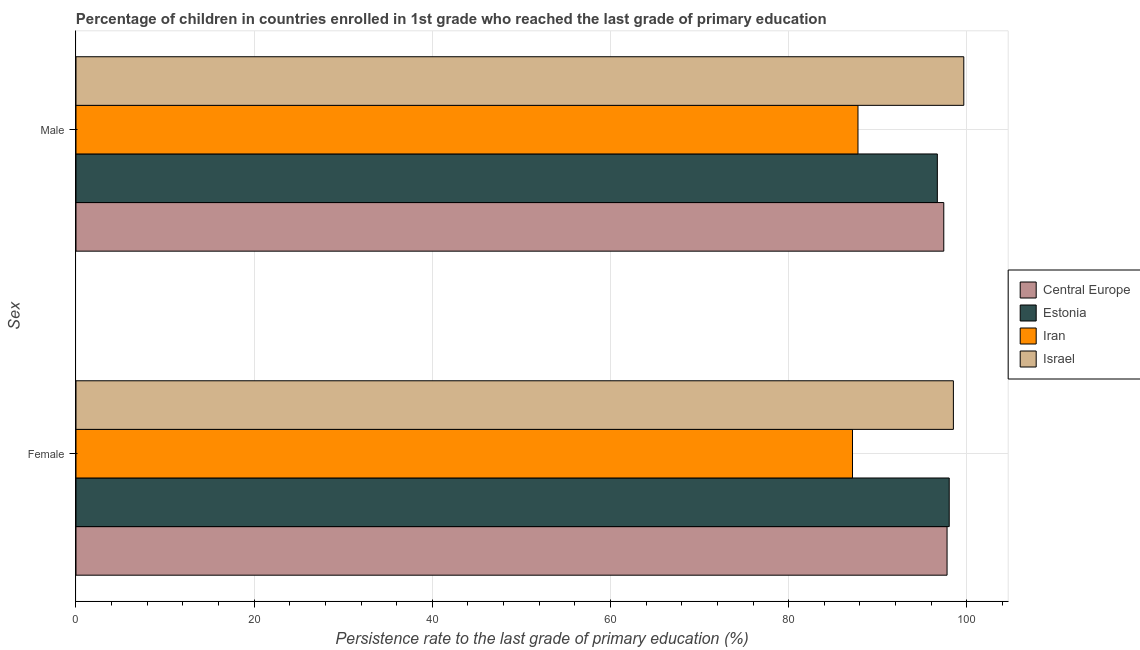
| Sex | Central Europe | Estonia | Iran | Israel |
 | --- | --- | --- | --- | --- |
 | Female | 97.8 | 98 | 87.2 | 98.5 |
 | Male | 97.4 | 96.7 | 87.8 | 99.7 |